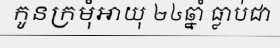
កូនក្រមុំអាយុ ២៤ឆ្នាំ ធ្លាប់ជា